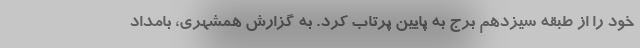
خود را از طبقه سیزدهم برج به پایین پرتاب کرد. به گزارش همشهری، بامداد